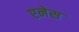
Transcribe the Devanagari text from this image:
एनेस